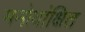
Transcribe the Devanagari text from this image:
मनोवांक्षित